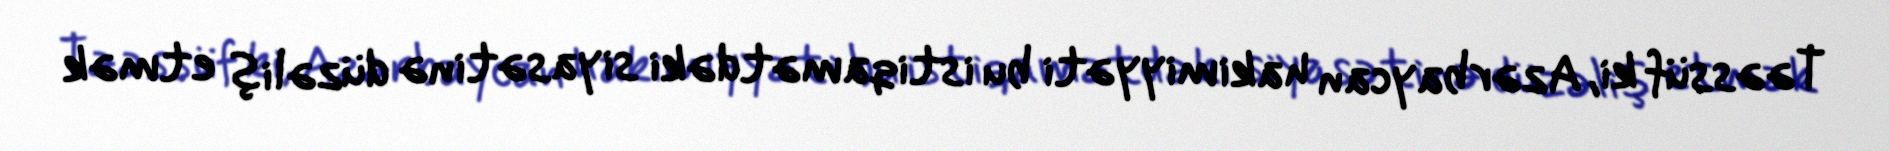
Təəssüf ki, Azərbaycan hakimiyyəti bu istiqamətdəki siyasətinə düzəliş etmək